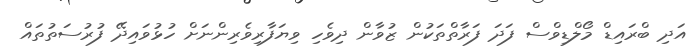
އަދި ބްރައިޑް މޯލްޑިވްސް ފަދަ ފަރާތްތަކުން ޒުވާން ދިވެހި ވިޔަފާރިވެރިންނަށް ހުޅުވައިދޭ ފުރުސަތުތައް